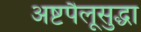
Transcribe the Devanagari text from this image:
अष्टपैलूसुद्धा